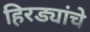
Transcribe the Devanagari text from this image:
हिरड्यांचे